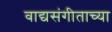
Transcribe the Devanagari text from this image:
वाद्यसंगीताच्या